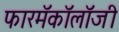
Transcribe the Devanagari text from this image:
फारमॅकॉलॉजी